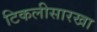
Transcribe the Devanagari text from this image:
टिकलीसारखा